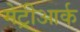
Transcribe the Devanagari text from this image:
मेट्रीआर्क